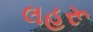
લહરૂ